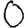
Digit: 0